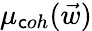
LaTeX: \mu_{\mathsf{c}oh}(\vec{{w}})